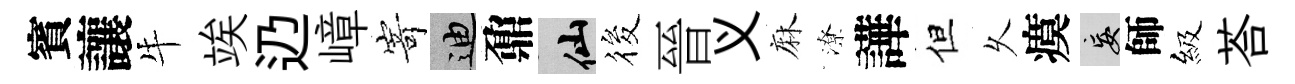
賓讓牛竢辸嶂𭔃迪鼐仙筱晉义麻潦譁但乆瘼妄師級荅